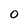
Character: 0